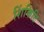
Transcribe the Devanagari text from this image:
शिंकिटि